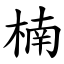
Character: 楠